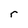
Character: r